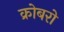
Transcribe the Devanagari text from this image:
क्रोबरो